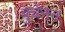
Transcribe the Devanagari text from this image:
बुचेनन